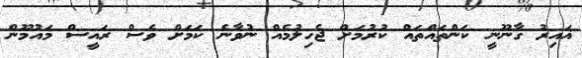
ޣައިރު ގާނޫނީ ކަންތައްތައް ކުރުމަށް ޖެހިލުމެއް ނުވާނެ ކަމަށް ވެސް ރައީސް މައުމޫން